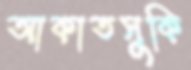
আকাতসুকি